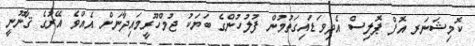
ކޮމިޝަނަރ އޮފް ޕޮލިސް އެދިވަޑައިގަތުމުން ފުލުހުންގެ ބަޔަކު ޖުމްހޫރީމައިދާނަށް އެއްވެ އޭރުގެ ޤާނޫނީ